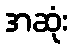
အဆုံး